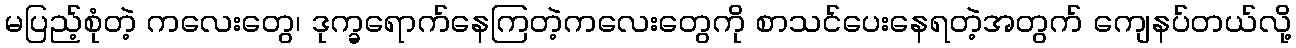
မပြည့်စုံတဲ့ ကလေးတွေ၊ ဒုက္ခရောက်နေကြတဲ့ကလေးတွေကို စာသင်ပေးနေရတဲ့အတွက် ကျေနပ်တယ်လို့